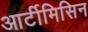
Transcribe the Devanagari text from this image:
आर्टीमिसिन